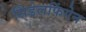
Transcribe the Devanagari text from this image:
सिंडेलफिंगेन